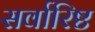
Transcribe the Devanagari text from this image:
सर्वारिष्ट